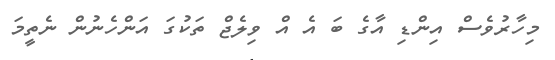
މިހާރުވެސް އިންޑި އާގެ ބަ އެ އް ވިލެޖް ތަކުގަ އަންހެނުން ނެތީމަ